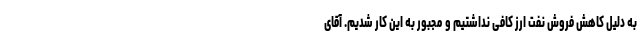
به دلیل کاهش فروش نفت ارز کافی نداشتیم و مجبور به این کار شدیم. آقای